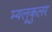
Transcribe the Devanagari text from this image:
म्यलूकुलर